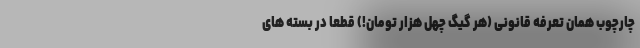
چارچوب همان تعرفه قانونی (هر گیگ چهل هزار تومان!) قطعاً در بسته های